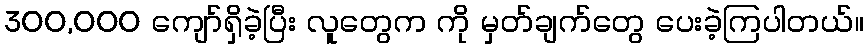
300,000 ကျော်ရှိခဲ့ပြီး လူတွေက ကို မှတ်ချက်တွေ ပေးခဲ့ကြပါတယ်။